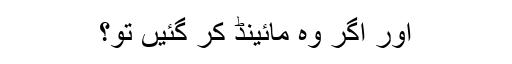
اور اگر وہ مائینڈ کر گئیں تو؟